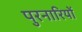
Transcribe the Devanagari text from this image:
पुरनारियों